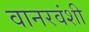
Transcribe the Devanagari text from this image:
वानरवंशी